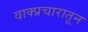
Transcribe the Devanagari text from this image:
वाक्प्रचारातून